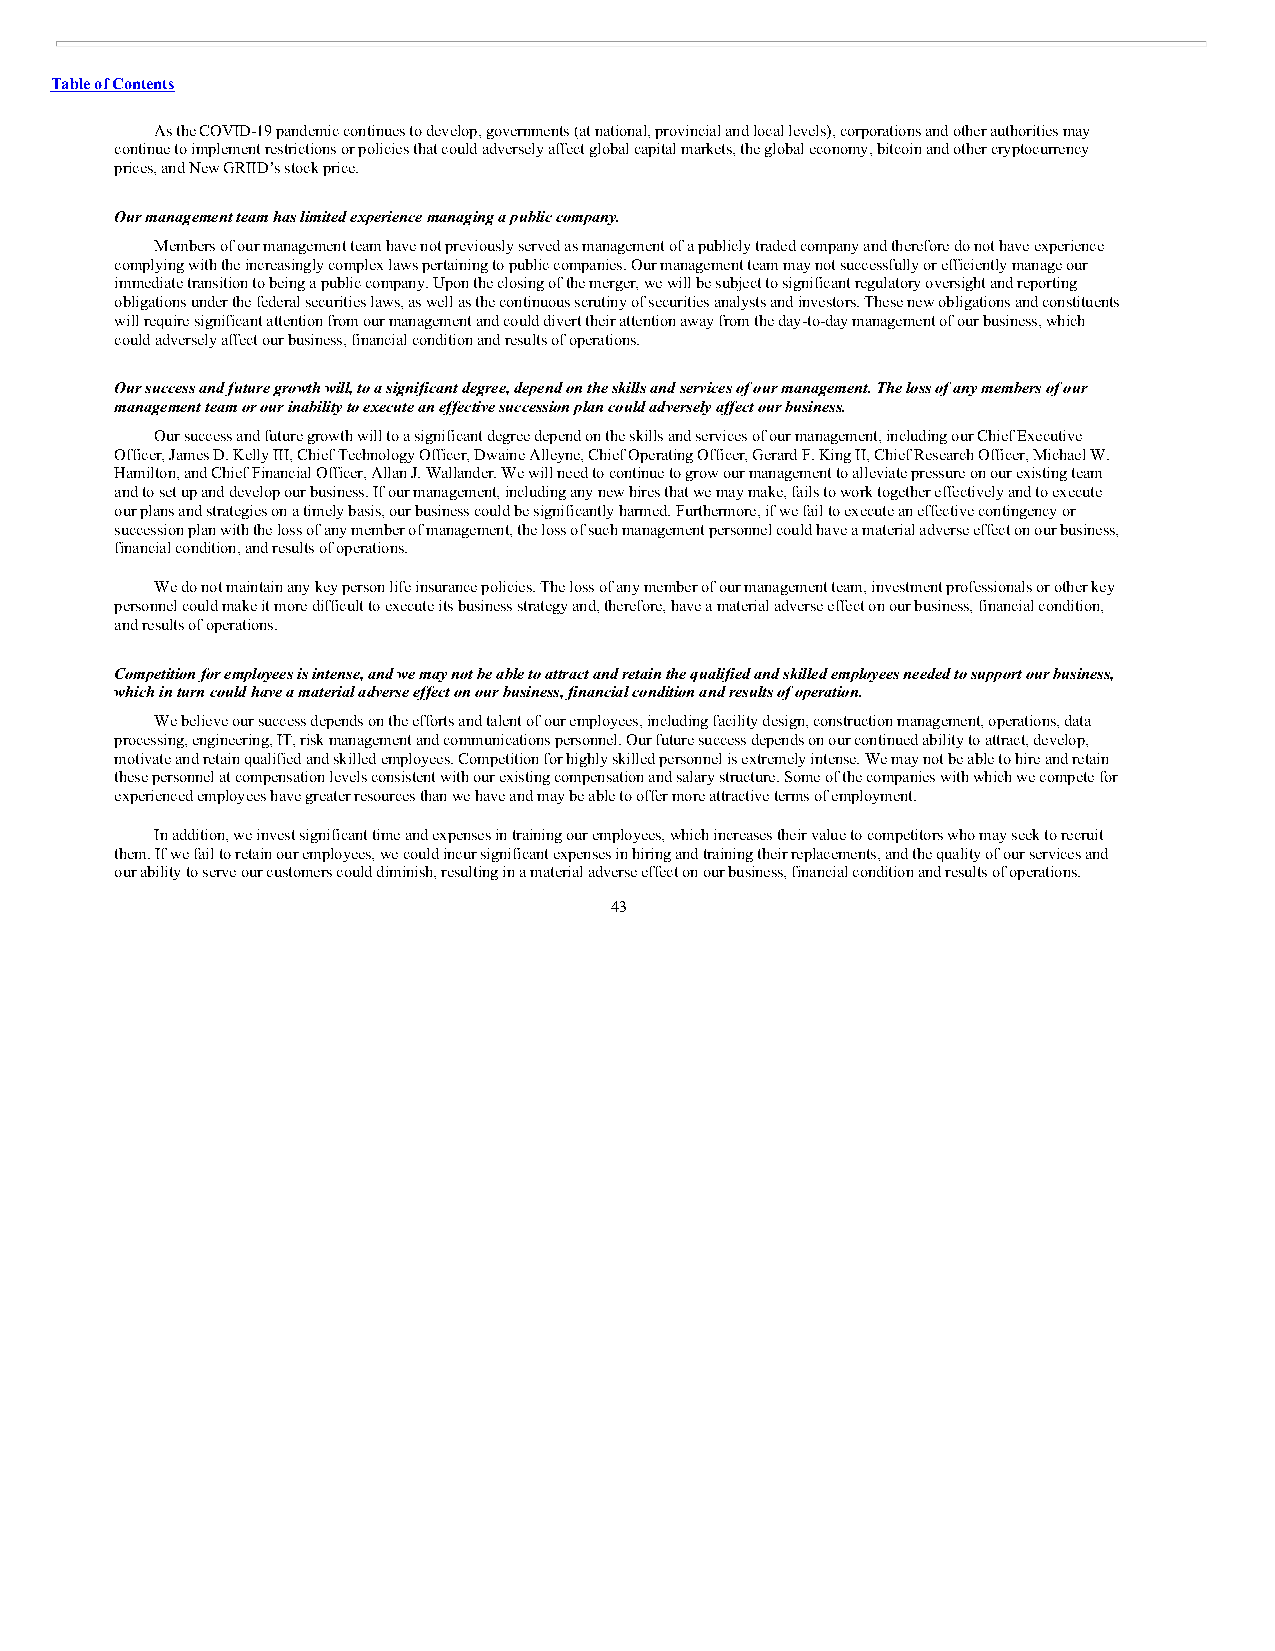
Table of Contents
 As the COVID-19 pandemic continues to develop, governments (at national, provincial and local levels), corporations and other authorities may
 continue to implement restrictions or policies that could adversely affect global capital markets, the global economy, bitcoin and other cryptocurrency
 prices, and New GRIID’s stock price.
 Our management team has limited experience managing a public company.
 Members of our management team have not previously served as management of a publicly traded company and therefore do not have experience
 complying with the increasingly complex laws pertaining to public companies. Our management team may not successfully or efficiently manage our
 immediate transition to being a public company. Upon the closing of the merger, we will be subject to significant regulatory oversight and reporting
 obligations under the federal securities laws, as well as the continuous scrutiny of securities analysts and investors. These new obligations and constituents
 will require significant attention from our management and could divert their attention away from the day-to-day management of our business, which
 could adversely affect our business, financial condition and results of operations.
 Our success and future growth will, to a significant degree, depend on the skills and services of our management. The loss of any members of our
 management team or our inability to execute an effective succession plan could adversely affect our business.
 Our success and future growth will to a significant degree depend on the skills and services of our management, including our Chief Executive
 Officer, James D. Kelly III, Chief Technology Officer, Dwaine Alleyne, Chief Operating Officer, Gerard F. King II, Chief Research Officer, Michael W.
 Hamilton, and Chief Financial Officer, Allan J. Wallander. We will need to continue to grow our management to alleviate pressure on our existing team
 and to set up and develop our business. If our management, including any new hires that we may make, fails to work together effectively and to execute
 our plans and strategies on a timely basis, our business could be significantly harmed. Furthermore, if we fail to execute an effective contingency or
 succession plan with the loss of any member of management, the loss of such management personnel could have a material adverse effect on our business,
 financial condition, and results of operations.
 We do not maintain any key person life insurance policies. The loss of any member of our management team, investment professionals or other key
 personnel could make it more difficult to execute its business strategy and, therefore, have a material adverse effect on our business, financial condition,
 and results of operations.
 Competition for employees is intense, and we may not be able to attract and retain the qualified and skilled employees needed to support our business,
 which in turn could have a material adverse effect on our business, financial condition and results of operation.
 We believe our success depends on the efforts and talent of our employees, including facility design, construction management, operations, data
 processing, engineering, IT, risk management and communications personnel. Our future success depends on our continued ability to attract, develop,
 motivate and retain qualified and skilled employees. Competition for highly skilled personnel is extremely intense. We may not be able to hire and retain
 these personnel at compensation levels consistent with our existing compensation and salary structure. Some of the companies with which we compete for
 experienced employees have greater resources than we have and may be able to offer more attractive terms of employment.
 In addition, we invest significant time and expenses in training our employees, which increases their value to competitors who may seek to recruit
 them. If we fail to retain our employees, we could incur significant expenses in hiring and training their replacements, and the quality of our services and
 our ability to serve our customers could diminish, resulting in a material adverse effect on our business, financial condition and results of operations.
 43